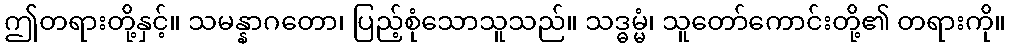
ဤတရားတို့နှင့်။ သမန္နာဂတော၊ ပြည့်စုံသောသူသည်။ သဒ္ဓမ္မံ၊ သူတော်ကောင်းတို့၏ တရားကို။